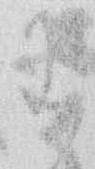
わ